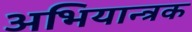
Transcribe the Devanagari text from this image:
अभियान्त्रक